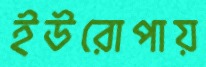
ইউরোপায়